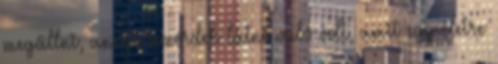
megállni, annyi temérdek látni való volt, amit egy életre